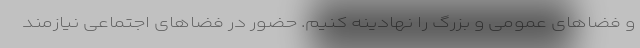
و فضاهای عمومی و بزرگ را نهادینه کنیم. حضور در فضاهای اجتماعی نیازمند